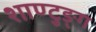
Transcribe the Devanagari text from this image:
शाण्टुङ्ग